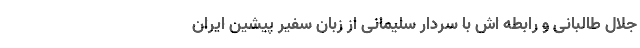
جلال طالبانی و رابطه اش با سردار سلیمانی از زبان سفیر پیشین ایران